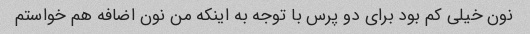
نون خیلی کم بود برای دو پرس با توجه به اینکه من نون اضافه هم خواستم